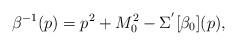
LaTeX: \begin{align*}\beta^{-1}(p) = p^2 + M^2_0 - \Sigma^{'}[\beta_0](p),\end{align*}